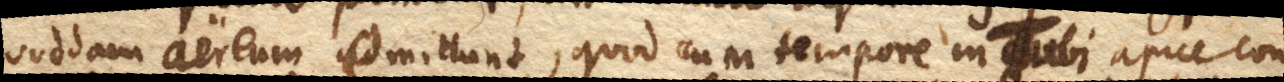
quoddam aereum emittunt, quod cum tempore in Tubi apice con–